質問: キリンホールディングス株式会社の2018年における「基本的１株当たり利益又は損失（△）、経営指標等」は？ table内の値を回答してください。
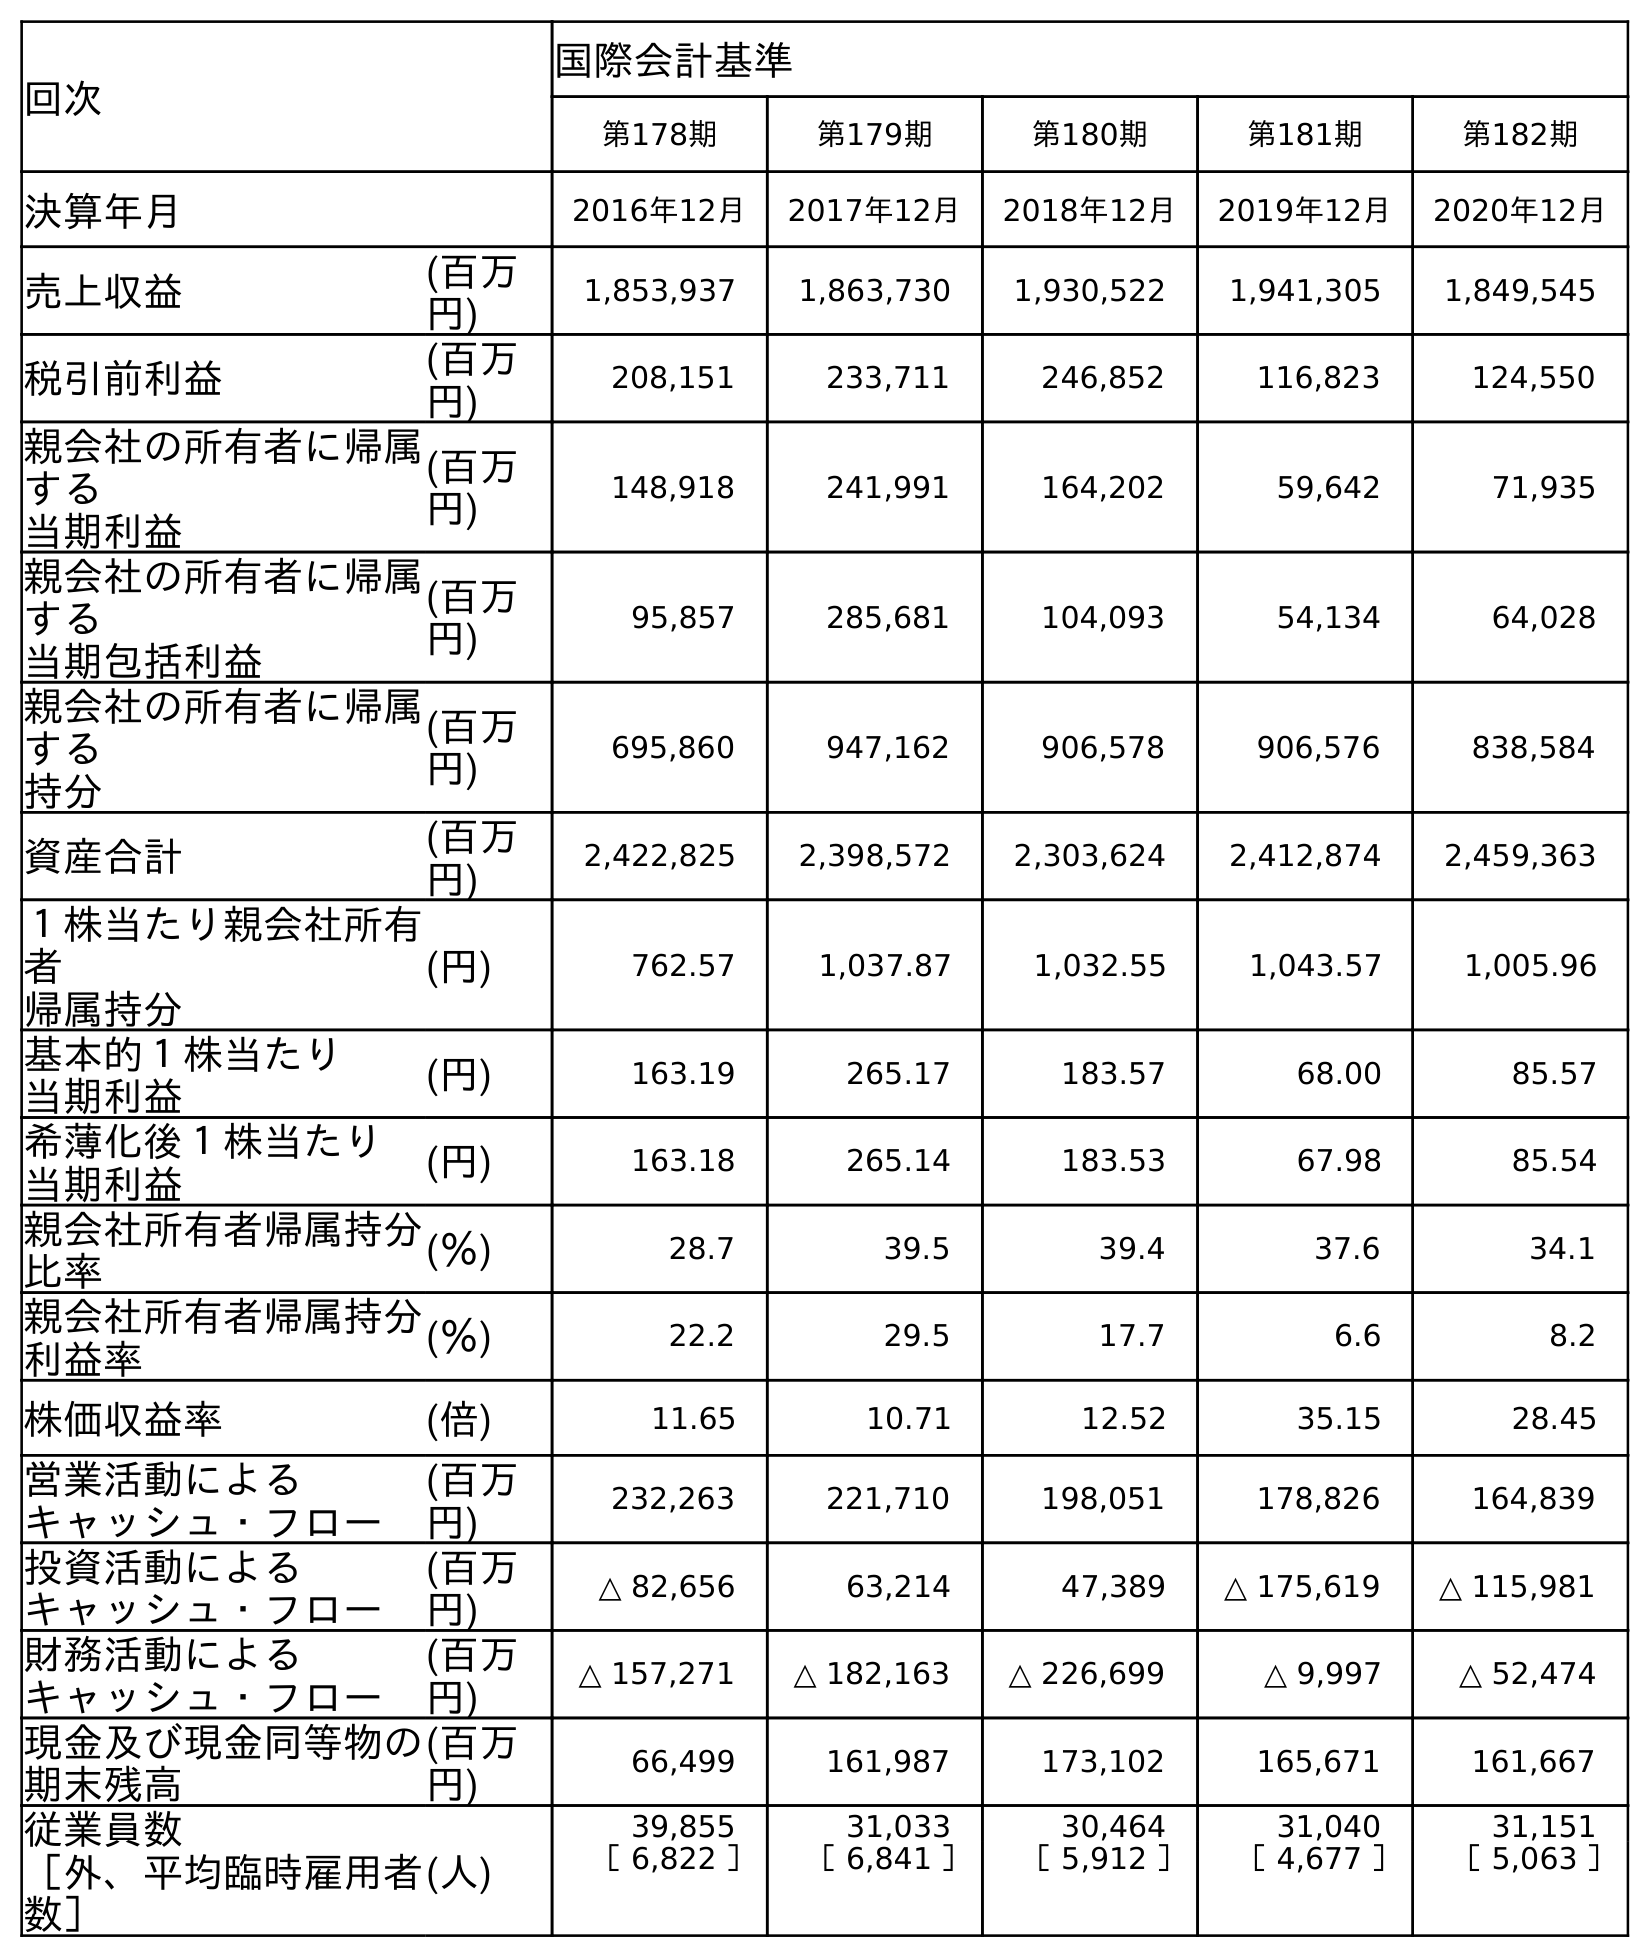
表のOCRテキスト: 回次 国際会計基準 第178期 第179期 第180期 第181期 第182期 決算年月 2016年12月 2017年12月 2018年12月 2019年12月 2020年12月 売上収益 (百万 円) 1,853,937 1,863,730 1,930,522 1,941,305 1,849,545 税引前利益 (百万 円) 208,151 233,711 246,852 116,823 124,550 親会社の所有者に帰属 する 当期利益 (百万 円) 148,918 241,991 164,202 59,642 71,935 親会社の所有者に帰属 する 当期包括利益 (百万 円) 95,857 285,681 104,093 54,134 64,028 親会社の所有者に帰属 する 持分 (百万 円) 695,860 947,162 906,578 906,576 838,584 資産合計 (百万 円) 2,422,825 2,398,572 2,303,624 2,412,874 2,459,363 １株当たり親会社所有 者 帰属持分 (円) 762.57 1,037.87 1,032.55 1,043.57 1,005.96 基本的１株当たり 当期利益 (円) 163.19 265.17 183.57 68.00 85.57 希薄化後１株当たり 当期利益 (円) 163.18 265.14 183.53 67.98 85.54 親会社所有者帰属持分 比率 (％) 28.7 39.5 39.4 37.6 34.1 親会社所有者帰属持分 利益率 (％) 22.2 29.5 17.7 6.6 8.2 株価収益率 (倍) 11.65 10.71 12.52 35.15 28.45 営業活動による キャッシュ・フロー (百万 円) 232,263 221,710 198,051 178,826 164,839 投資活動による キャッシュ・フロー (百万 円) △ 82,656 63,214 47,389 △ 175,619 △ 115,981 財務活動による キャッシュ・フロー (百万 円) △ 157,271 △ 182,163 △ 226,699 △ 9,997 △ 52,474 現金及び現金同等物の 期末残高 (百万 円) 66,499 161,987 173,102 165,671 161,667 従業員数 ［外、平均臨時雇用者 数］ (人) 39,855 31,033 30,464 31,040 31,151 ［ 6,822 ］ ［ 6,841 ］ ［ 5,912 ］ ［ 4,677 ］ ［ 5,063 ］
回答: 183.57